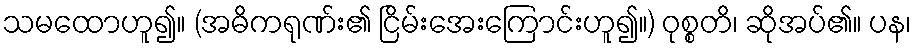
သမထောဟူ၍။ (အဓိကရုဏ်း၏ ငြိမ်းအေးကြောင်းဟူ၍။) ဝုစ္စတိ၊ ဆိုအပ်၏။ ပန၊